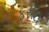
ફરીદા